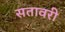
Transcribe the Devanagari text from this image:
सतावरी